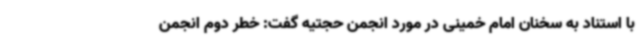
با استناد به سخنان امام خمینی در مورد انجمن حجتیه گفت: خطر دوم انجمن